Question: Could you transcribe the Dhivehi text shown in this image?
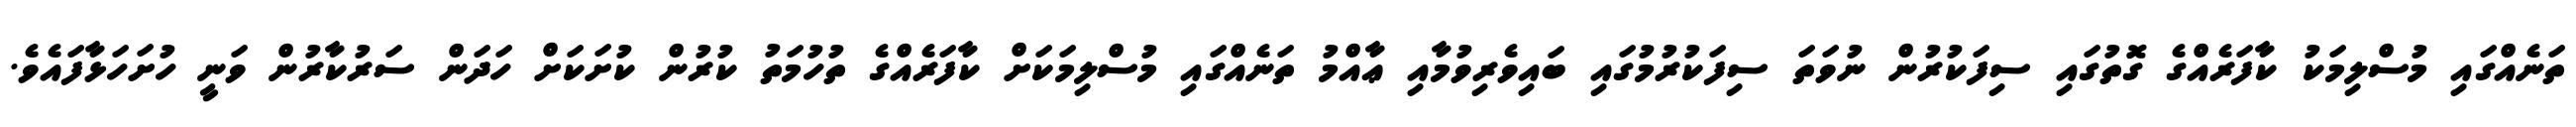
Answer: ތަނެއްގައި މުސްލިމަކު ކާފަރެއްގެ ގޮތުގައި ސިފަކުރުން ނުވަތަ ސިފަކުރުމުގައި ބައިވެރިވުމާއި ޢާއްމު ތަނެއްގައި މުސްލިމަކަށް ކާފަރެއްގެ ތުހުމަތު ކުރުން ކުށަކަށް ހަދަން ސަރުކާރުން ވަނީ ހުށަހަޅާފައެވެ.